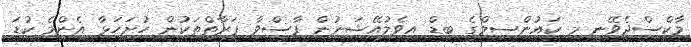
މާކްސްދެވޭނީ މި ކައުންސިލްގެ ބިޑް އިވެލުއޭޝަނުން ފާސްވާ ފަރާތްތަކުން ހުށަހަޅާ އެންމެ ކުޑަ